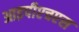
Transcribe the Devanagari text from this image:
आइपीएचएस